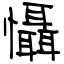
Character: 懾